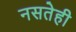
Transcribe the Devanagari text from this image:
नसतेही